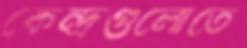
কেন্দ্রগুলোতে